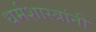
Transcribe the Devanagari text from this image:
धर्मशास्त्रांनी